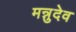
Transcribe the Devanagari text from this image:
मन्नुदेव